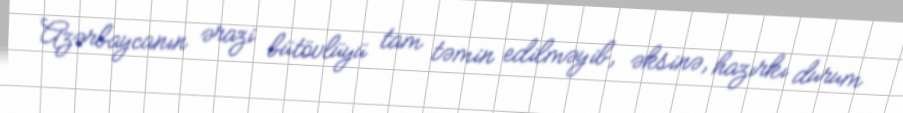
Azərbaycanın ərazi bütövlüyü tam təmin edilməyib, əksinə, hazırkı durum